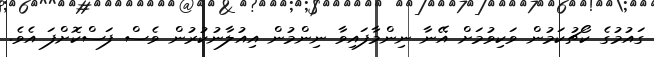
ގައުމުގެ ކޯޗުކަމުން ވަކިވުމަށް އޭނާ ނިންމާފައިވާ ނިންމުން އިއުލާނުކުރުން ވެސް ފަސްކޮށްފަ އެވެ.